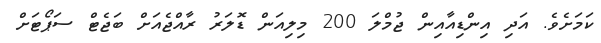
ކަމަށެވެ. އަދި އިންޑިއާއިން ޖުމްލަ 200 މިލިއަން ޑޮލަރު ރާއްޖެއަށް ބަޖެޓް ސަޕޯޓަށް